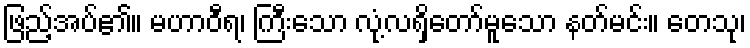
ဖြည့်အပ်၏။ မဟာဝီရ၊ ကြီးသော လုံ့လရှိတော်မူသော နတ်မင်း။ တေသု၊